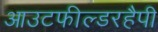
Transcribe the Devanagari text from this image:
आउटफील्डरहैपी